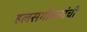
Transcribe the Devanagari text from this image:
हलसगीकरांची